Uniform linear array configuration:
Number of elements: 32
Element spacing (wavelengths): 0.75
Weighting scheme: cosine
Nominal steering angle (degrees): -60
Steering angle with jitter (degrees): -60.56
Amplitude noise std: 0.05
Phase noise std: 0.05

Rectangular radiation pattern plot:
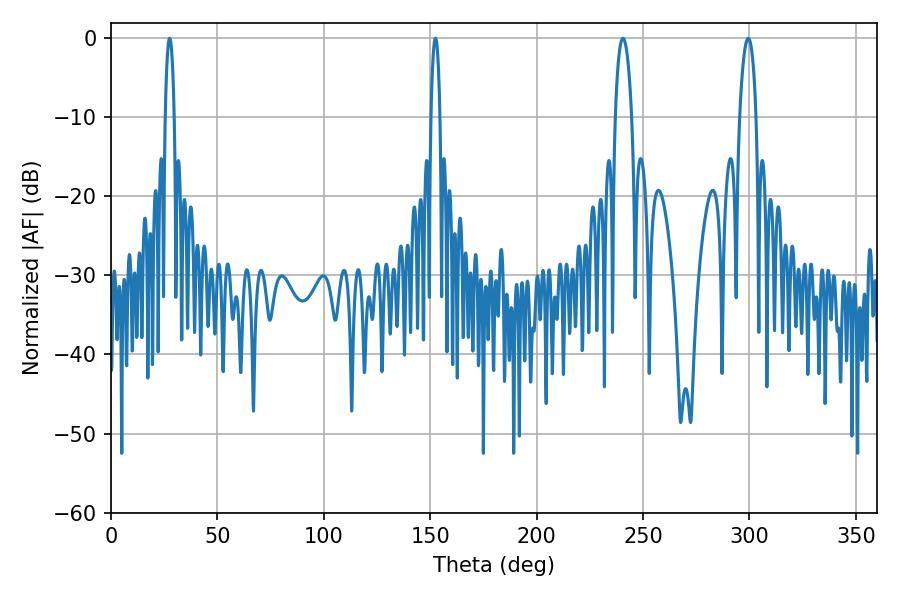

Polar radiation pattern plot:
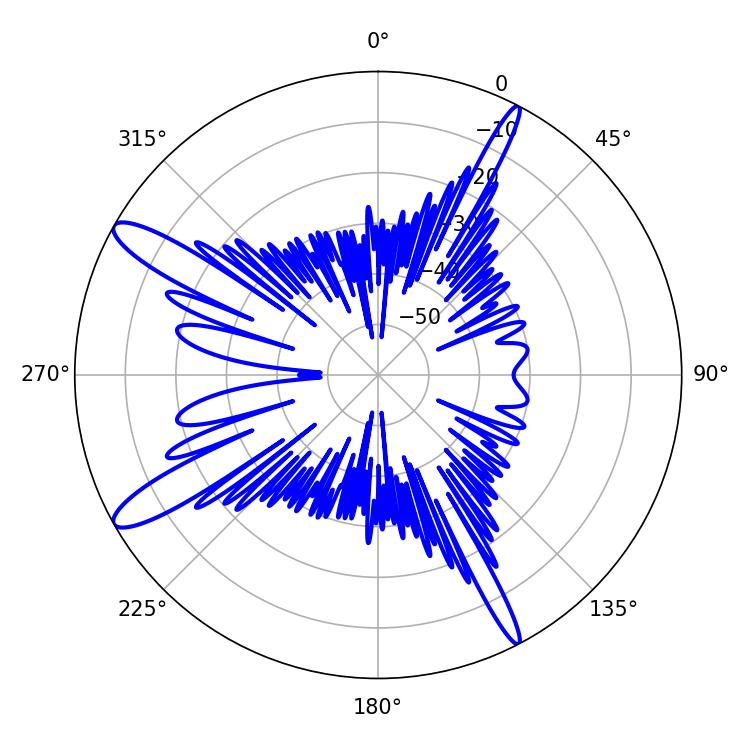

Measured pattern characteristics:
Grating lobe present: TRUE
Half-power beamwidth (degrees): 2.34
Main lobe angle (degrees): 27.54